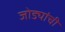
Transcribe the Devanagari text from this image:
जोड्यांची